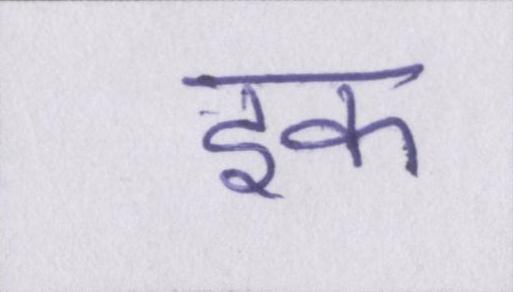
इक